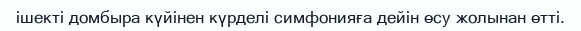
ішекті домбыра күйінен күрделі симфонияға дейін өсу жолынан өтті.